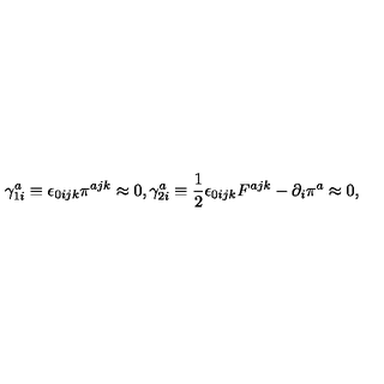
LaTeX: \gamma _ { 1 i } ^ { a } \equiv \epsilon _ { 0 i j k } \pi ^ { a j k } \approx 0 , \gamma _ { 2 i } ^ { a } \equiv \frac { 1 } { 2 } \epsilon _ { 0 i j k } F ^ { a j k } - \partial _ { i } \pi ^ { a } \approx 0 ,